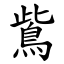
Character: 鴜